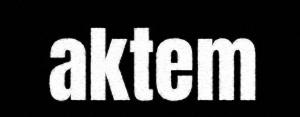
aktem